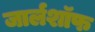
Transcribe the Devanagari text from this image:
जार्लशॉफ